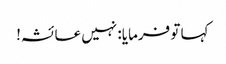
کہا تو فرمایا: نہیں عائشہ!